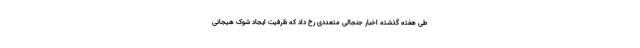
طی هفته گذشته اخبار جنجالی متعددی رخ داد که ظرفیت ایجاد شوک هیجانی